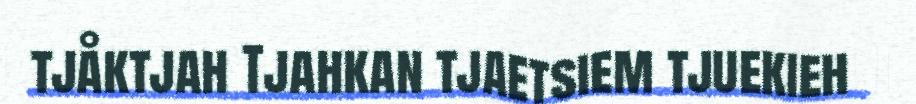
tjåktjah Tjahkan tjaetsiem tjuekieh